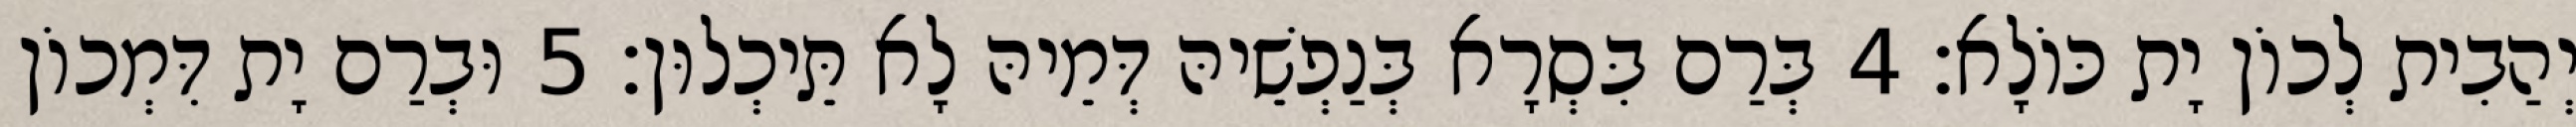
יְהַבִית לְכוֹן יָת כּוֹלָא׃ 4 בְּרַם בִּסְרָא בְּנַפְשֵׁיהּ דְּמֵיהּ לָא תֵּיכְלוּן׃ 5 וּבְרַם יָת דִּמְכוֹן